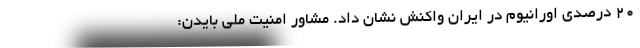
۲۰ درصدی اورانیوم در ایران واکنش نشان داد. مشاور امنیت ملی بایدن: